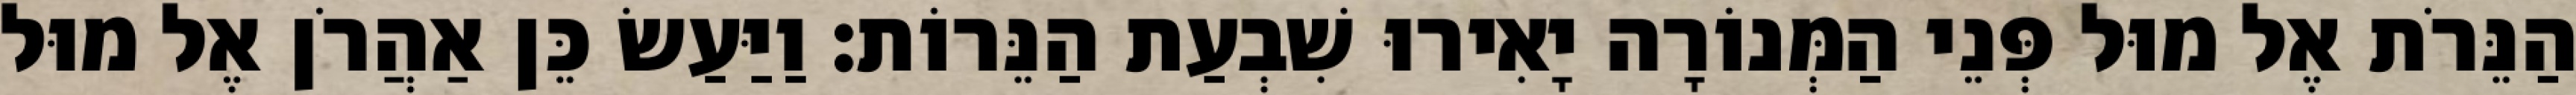
הַנֵּרֹת אֶל מוּל פְּנֵי הַמְּנוֹרָה יָאִירוּ שִׁבְעַת הַנֵּרוֹת׃ וַיַּעַשׂ כֵּן אַהֲרֹן אֶל מוּל